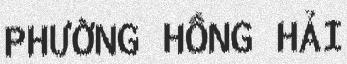
PHƯỜNG HỒNG HẢI